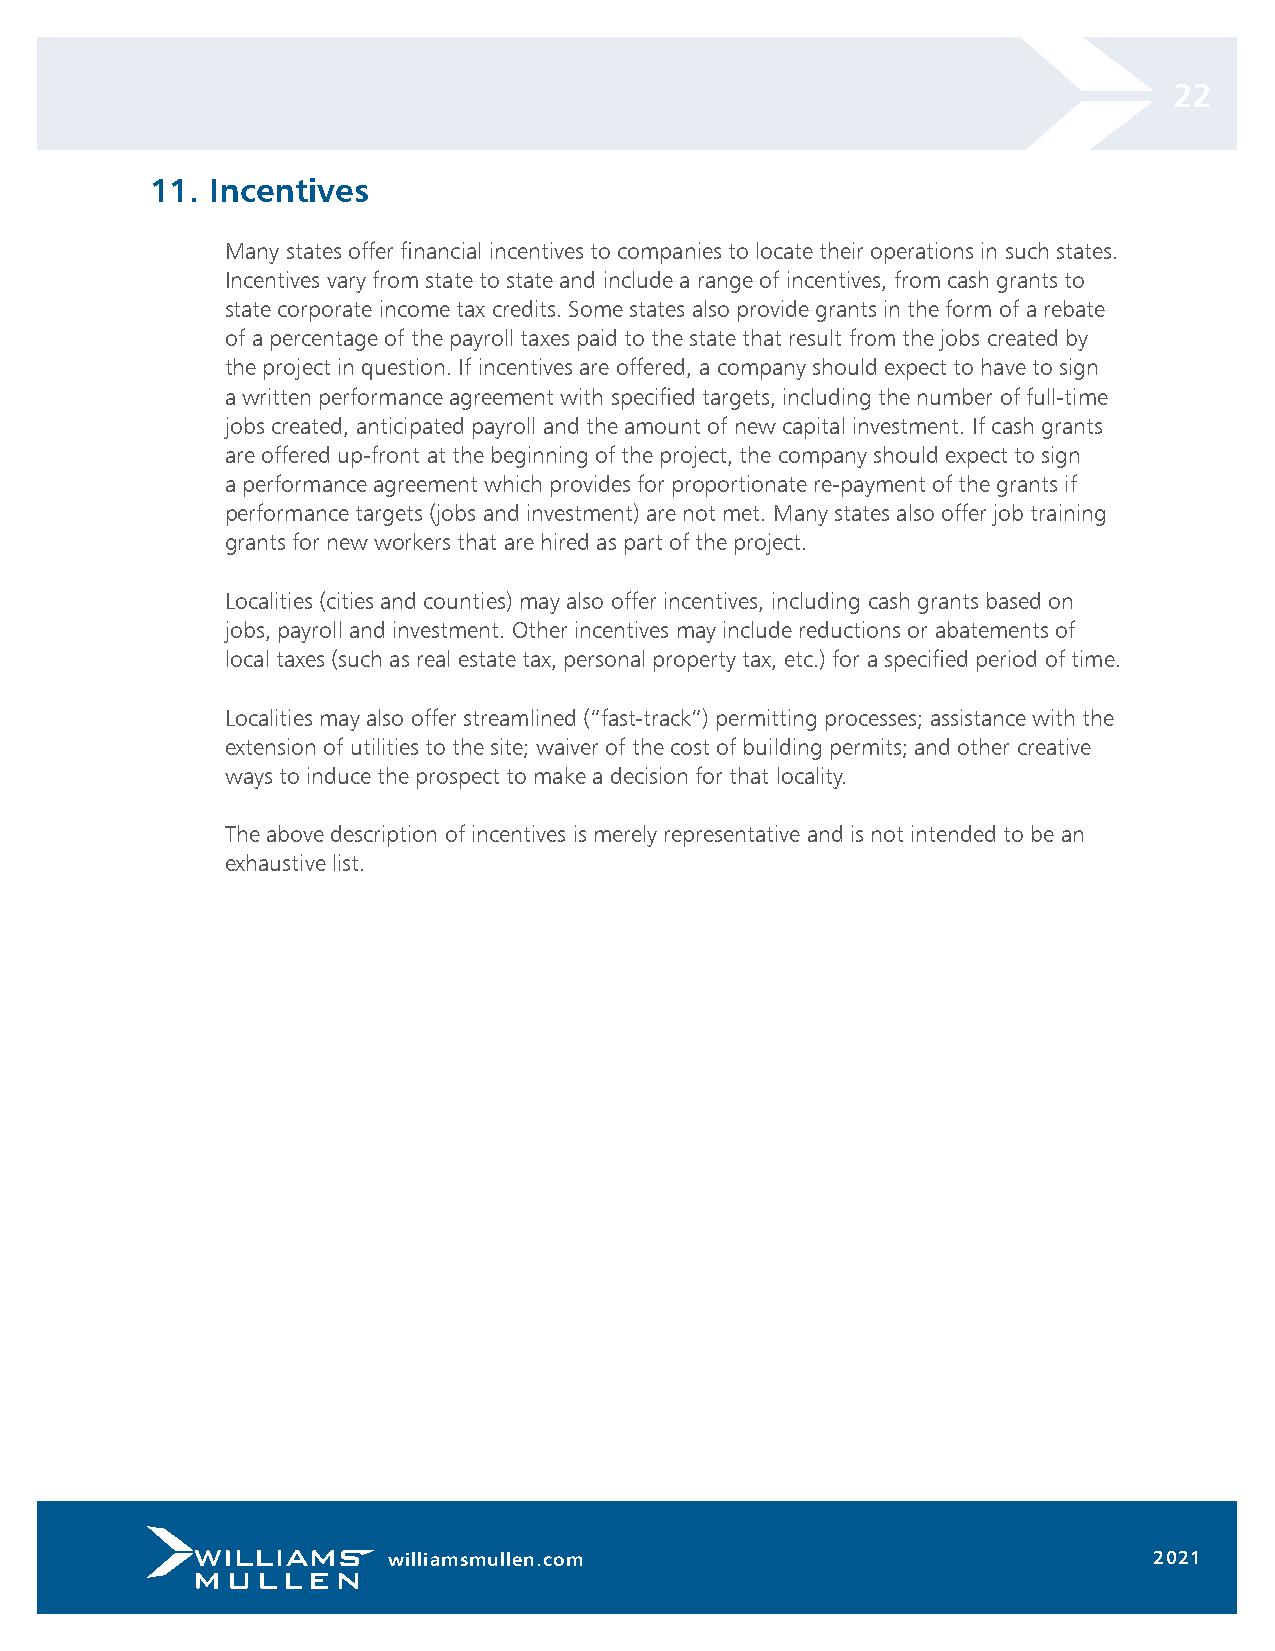
22
 11. Incentives
 Many states offer financial incentives to companies to locate their operations in such states.
 Incentives vary from state to state and include a range of incentives, from cash grants to
 state corporate income tax credits. Some states also provide grants in the form of a rebate
 of a percentage of the payroll taxes paid to the state that result from the jobs created by
 the project in question. If incentives are offered, a company should expect to have to sign
 a written performance agreement with specified targets, including the number of full-time
 jobs created, anticipated payroll and the amount of new capital investment. If cash grants
 are offered up-front at the beginning of the project, the company should expect to sign
 a performance agreement which provides for proportionate re-payment of the grants if
 performance targets (jobs and investment) are not met. Many states also offer job training
 grants for new workers that are hired as part of the project.
 Localities (cities and counties) may also offer incentives, including cash grants based on
 jobs, payroll and investment. Other incentives may include reductions or abatements of
 local taxes (such as real estate tax, personal property tax, etc.) for a specified period of time.
 Localities may also offer streamlined (“fast-track”) permitting processes; assistance with the
 extension of utilities to the site; waiver of the cost of building permits; and other creative
 ways to induce the prospect to make a decision for that locality.
 The above description of incentives is merely representative and is not intended to be an
 exhaustive list.
 williamsmullen.com                                2021